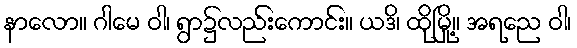
နာလော။ ဂါမေ ဝါ၊ ရွာ၌လည်းကောင်း။ ယဒိ၊ ထိုမြို့။ အရညေ ဝါ၊